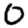
Digit: 0